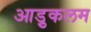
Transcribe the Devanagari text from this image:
आड़ुकलम